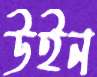
উইন